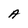
Character: A